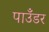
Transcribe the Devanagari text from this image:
पाउँडर